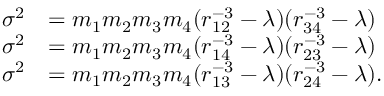
\begin{array} { r l } { \sigma ^ { 2 } } & { = m _ { 1 } m _ { 2 } m _ { 3 } m _ { 4 } ( r _ { 1 2 } ^ { - 3 } - \lambda ) ( r _ { 3 4 } ^ { - 3 } - \lambda ) } \\ { \sigma ^ { 2 } } & { = m _ { 1 } m _ { 2 } m _ { 3 } m _ { 4 } ( r _ { 1 4 } ^ { - 3 } - \lambda ) ( r _ { 2 3 } ^ { - 3 } - \lambda ) } \\ { \sigma ^ { 2 } } & { = m _ { 1 } m _ { 2 } m _ { 3 } m _ { 4 } ( r _ { 1 3 } ^ { - 3 } - \lambda ) ( r _ { 2 4 } ^ { - 3 } - \lambda ) . } \end{array}